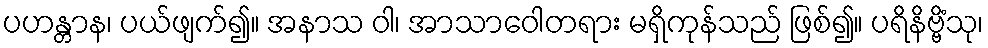
ပဟန္တာန၊ ပယ်ဖျက်၍။ အနာသ ဝါ၊ အာသာဝေါတရား မရှိကုန်သည် ဖြစ်၍။ ပရိနိဗ္ဗိံသု၊